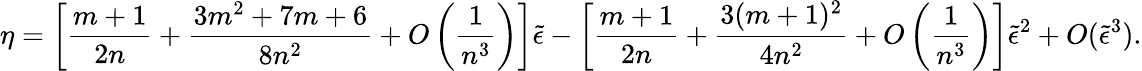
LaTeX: \eta=\left[{\frac{m+1}{2n}}+{\frac{3m^{2}+7m+6}{8n^{2}}}+O\left({\frac{1}{n^{3}}}\right)\right]\tilde{\epsilon}-\left[{\frac{m+1}{2n}}+{\frac{3(m+1)^{2}}{4n^{2}}}+O\left({\frac{1}{n^{3}}}\right)\right]\tilde{\epsilon}^{2}+O(\tilde{\epsilon}^{3}).